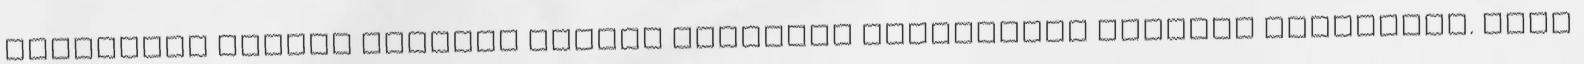
kiosztása közben moldvai csángó gyerekek karácsonyi dalokat énekeltek. HAHÓ